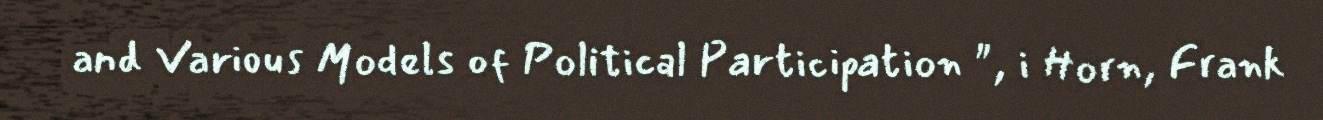
and Various Models of Political Participation ", i Horn, Frank